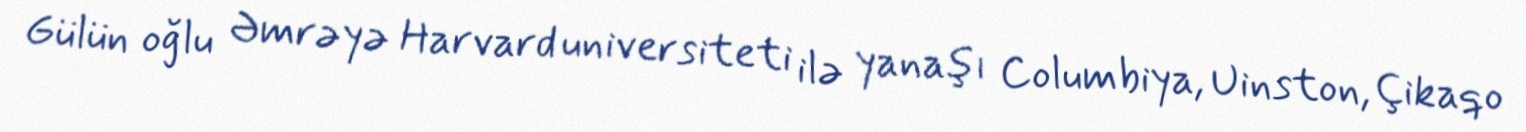
Gülün oğlu Əmrəyə Harvard universiteti ilə yanaşı Columbiya, Uinston, Çikaqo